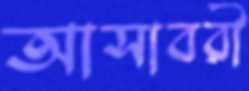
আসাবরী